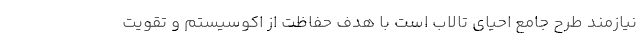
نیازمند طرح جامع احیای تالاب است با هدف حفاظت از اکوسیستم و تقویت